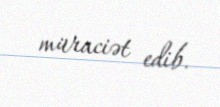
müraciət edib.